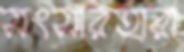
সংসারহারা